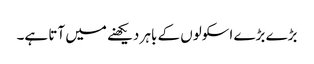
بڑے بڑے اسکولوں کے باہر دیکھنے میں آتا ہے۔